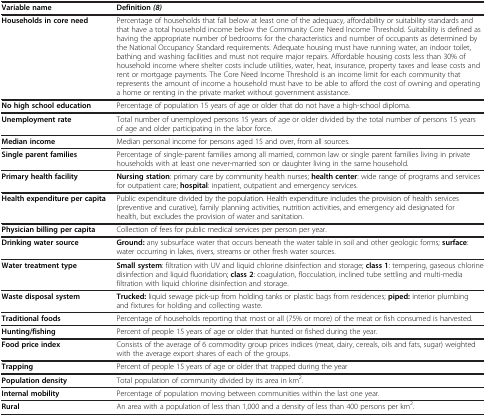
<table><thead><tr><td><b>Variable name</b></td><td><b>Definition<i>(8)</i></b></td></tr></thead><tbody><tr><td><b>Households in core need</b></td><td>Percentage of households that fall below at least one of the adequacy, affordability or suitability standards and that have a total household income below the Community Core Need Income Threshold. Suitability is defined as having the appropriate number of bedrooms for the characteristics and number of occupants as determined by the National Occupancy Standard requirements. Adequate housing must have running water, an indoor toilet, bathing and washing facilities and must not require major repairs. Affordable housing costs less than 30% of household income where shelter costs include utilities, water, heat, insurance, property taxes and lease costs and rent or mortgage payments. The Core Need Income Threshold is an income limit for each community that represents the amount of income a household must have to be able to afford the cost of owning and operating a home or renting in the private market without government assistance.</td></tr><tr><td><b>No high school education</b></td><td>Percentage of population 15 years of age or older that do not have a high-school diploma.</td></tr><tr><td><b>Unemployment rate</b></td><td>Total number of unemployed persons 15 years of age or older divided by the total number of persons 15 years of age and older participating in the labor force.</td></tr><tr><td><b>Median income</b></td><td>Median personal income for persons aged 15 and over, from all sources.</td></tr><tr><td><b>Single parent families</b></td><td>Percentage of single-parent families among all married, common law or single parent families living in private households with at least one never-married son or daughter living in the same household.</td></tr><tr><td><b>Primary health facility</b></td><td><b>Nursing station</b>: primary care by community health nurses; <b>health center</b>: wide range of programs and services for outpatient care; <b>hospital</b>: inpatient, outpatient and emergency services<i>.</i></td></tr><tr><td><b>Health expenditure per capita</b></td><td>Public expenditure divided by the population. Health expenditure includes the provision of health services (preventive and curative), family planning activities, nutrition activities, and emergency aid designated for health, but excludes the provision of water and sanitation.</td></tr><tr><td><b>Physician billing per capita</b></td><td>Collection of fees for public medical services per person per year.</td></tr><tr><td><b>Drinking water source</b></td><td><b>Ground:</b> any subsurface water that occurs beneath the water table in soil and other geologic forms; <b>surface</b>: water occurring in lakes, rivers, streams or other fresh water sources.</td></tr><tr><td><b>Water treatment type</b></td><td><b>Small system</b>: filtration with UV and liquid chlorine disinfection and storage; <b>class 1</b>: tempering, gaseous chlorine disinfection and liquid fluoridation; <b>class 2</b>: coagulation, flocculation, inclined tube settling and multi-media filtration with liquid chlorine disinfection and storage.</td></tr><tr><td><b>Waste disposal system</b></td><td><b>Trucked:</b> liquid sewage pick-up from holding tanks or plastic bags from residences; <b>piped:</b> interior plumbing and fixtures for holding and collecting waste.</td></tr><tr><td><b>Traditional foods</b></td><td>Percentage of households reporting that most or all (75% or more) of the meat or fish consumed is harvested.</td></tr><tr><td><b>Hunting/fishing</b></td><td>Percent of people 15 years of age or older that hunted or fished during the year.</td></tr><tr><td><b>Food price index</b></td><td>Consists of the average of 6 commodity group prices indices (meat, dairy, cereals, oils and fats, sugar) weighted with the average export shares of each of the groups.</td></tr><tr><td><b>Trapping</b></td><td>Percent of people 15 years of age or older that trapped during the year</td></tr><tr><td><b>Population density</b></td><td>Total population of community divided by its area in km<sup>2</sup>.</td></tr><tr><td><b>Internal mobility</b></td><td>Percentage of population moving between communities within the last one year.</td></tr><tr><td><b>Rural</b></td><td>An area with a population of less than 1,000 and a density of less than 400 persons per km<sup>2</sup>.</td></tr></tbody></table>